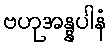
ဗဟုအန္နပါနံ